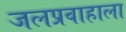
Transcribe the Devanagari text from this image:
जलप्रवाहाला